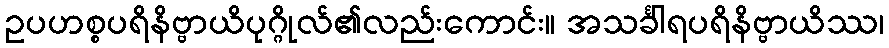
ဥပဟစ္စပရိနိဗ္ဗာယိပုဂ္ဂိုလ်၏လည်းကောင်း။ အသင်္ခါရပရိနိဗ္ဗာယိဿ၊